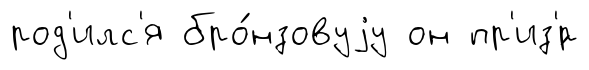
род'илс'я бро́нзовуjу он пр'из'́р